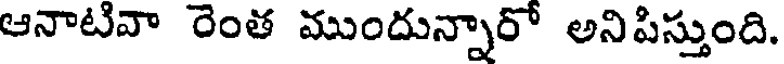
ఆనాటివా రెంత ముందున్నారో అనిపిస్తుంది.